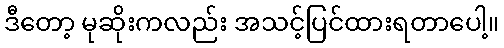
ဒီတော့ မုဆိုးကလည်း အသင့်ပြင်ထားရတာပေါ့။